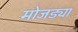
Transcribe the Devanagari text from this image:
मोजड्या